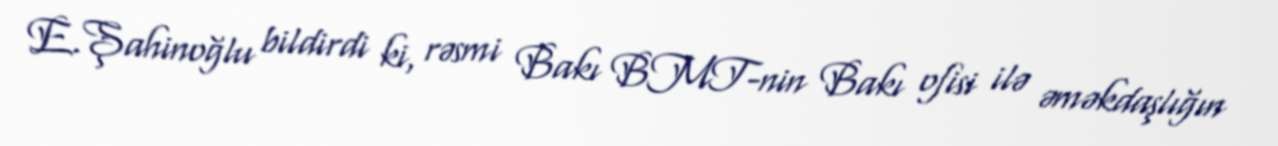
E.Şahinoğlu bildirdi ki, rəsmi Bakı BMT-nin Bakı ofisi ilə əməkdaşlığın